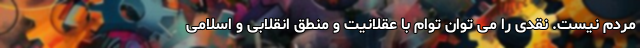
مردم نیست. نقدی را می توان توام با عقلانیت و منطق انقلابی و اسلامی